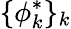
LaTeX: \{ \phi_{k}^{*}\} _{k}